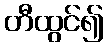
တီထွင်၍